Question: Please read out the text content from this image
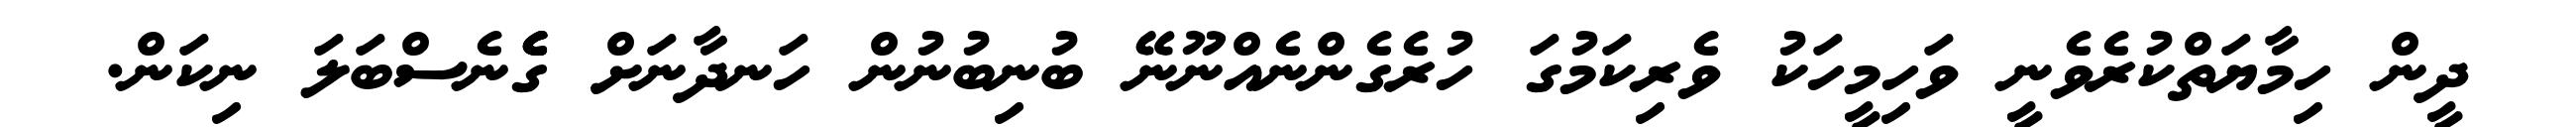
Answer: ދީން ހިމާޔަތްކުރެވެނީ ވަހިމީހަކު ވެރިކަމުގަ ހުރެގެންނެއްނޫނޭ ބުނިބުނުން ހަނދާނަށް ގެެެނެސްބަލަ ނިކަން.